Medical and sanitary report of the native army of Bengal for the year
Year: 1877
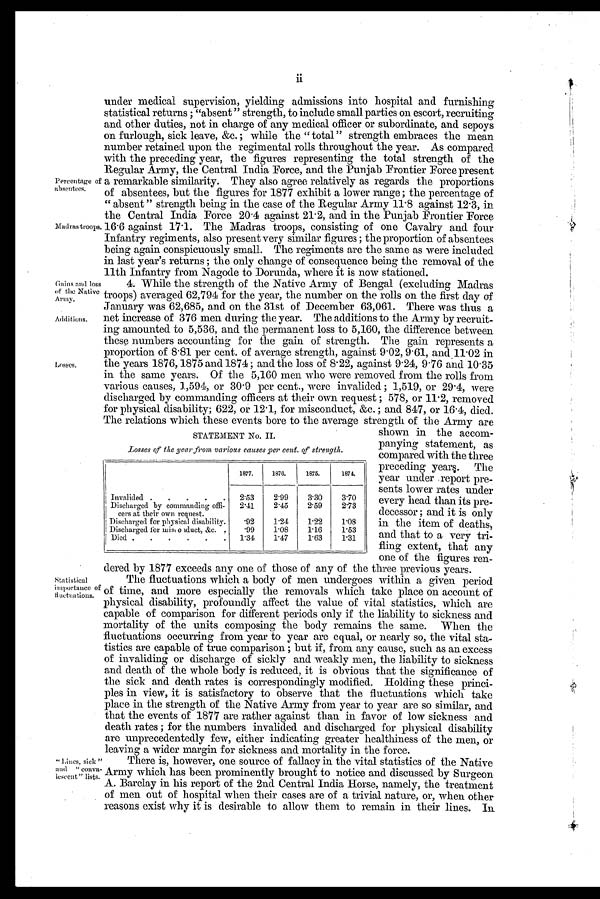
Madras troops.
"Lines, sick "
and " Conva-
leseent" lists
Gains and loss
of the Native
Army.
Additions.
Losses.
Statistical
importance of
Huctuation.
Percentage of
absentees.
under medical supervision, yielding admissions into hospital and furnishing
st at i st i cal ret urns ; "absent " st rengt h, t o i ncl ude smal l part i es on escort , recrui t i ng
and other duties, not in charge of any medical officer or subordinate, and sepoys
on furlough, sick leave, &c. ; while the " total " strength embraces the mean
number retained upon the regimental rolls throughout the year. As compared
with the preceding year, the figures representing the total strength of the
Regular Army, the Central India Force, and the Punjab Frontier Force present
a remarkable similarity. They also agree relatively as regards the proportions
of absentees, but the figures for 1877 exhibit a lower range ; the percentage of
" absent " strength being in the case of the Regular Army 11.8 against 12.3, in
the Central India Force 20.4 against 21.2, and in the Punjab Frontier Force
16.6 against 17.1. The Madras -troops, consisting of one Cavalry and four
Infantry regiments, also present very similar figures ; the proportion of absentees
being again conspicuously small. The regiments are the same as were included
in last year's returns ; the only change of consequence being the removal of the
11th Infantry from Nagode to Dorunda, where it is now stationed.
4. While the strength of the Native Army of Bengal (excluding Madras
troops) averaged 62,794 for the year, the number on the rolls on the first day of
January was 62,685, and on the 31st of December 63,061. There was thus a
net increase of 376 men during the year. The additions to the Army by recruit-
ing amounted to 5,536, and the permanent loss to 5,160, the difference between
these numbers accounting for the gain of strength. The gain represents a
proportion of 8.81 per cent. of average strength, against 9.02, 9.61, and 11.02 in
the years 1876, 1875 and 1874 ; and the loss of 8.22, against 9 . 24, 9.76 and 10.35
in the same years. Of the 5,160 men who were removed from the rolls from
various causes, 1,594, or 30 . 9 per cent., were invalided ; 1,519, or 29.4, were
discharged by commanding officers at their own request ; 578, or 11.2, removed
for physical disability; 622, or 12.1, for misconduct, &c. ; and 847, or 16.4, died.
The relations which these events bore to the average strength of the Army are
shown in the accom-
panying statement, as
compared with the three
preceding years. The
year under report pre-
sents lower rates under
every head. than its pre-
decessor ; and it is only
in the item of deaths,
and that to a very tri-
fling extent, that any
one of the figures ren
-
dered by 1877 exceeds any one of those of any of the three previous years.
The fluctuations which a body of men undergoes within a given period
of time, and more especially the removals which take place on account of
physical disability, profoundly affect the value of vital statistics, which are
capable of comparison for different periods only if the liability to sickness and
mortality of the units composing the body remains the same. When the
fluctuations occurring from year to year are equal, or nearly so, the vital sta-
tistics are capable of true comparison ; but if, from any cause, such as an excess
of invaliding or discharge of sickly and weakly men, the liability to sickness
and death of the whole body is reduced, it is obvious that the significance of
the sick and death rates is correspondingly modified. Holding these princi-
ples in view, it is satisfactory to observe that the fluctuations which take
place in the strength of the Native Army from year to year are so similar, and
that the events of 1877 are rather against than in favor of low sickness and
death rates ; for the numbers invalided and discharged for physical disability
are unprecedentedly few, either indicating greater healthiness of the men, or
leaving a wider margin for sickness and mortality in the force.
There is, however, one source of fallacy in the vital statistics of the Native
Army which has been prominently brought to notice and discussed by Surgeon
A. Barclay in his report of the 2nd Central India Horse, namely, the treatment
of men out of hospital when their cases are of a trivial nature, or, when other
reasons exist why it is desirable to allow them to remain in their lines. In
STATEMENT No. II.
losses of the year from various causes per cent. of strength.
1877.
1876.
1875.
1874.
Invalided
2.53
2.99
3.30
3.70
Discharged by commanding offi-
cers at their own request.
2.41
2.45
2.59
2.73
I Discharged for physical disability.
.92
1.24
1.22
1.08
Discharged for misconduct, &c.
.99
1.08
1.16
1.53
Died.
1.31
1.47
1.63
1.31